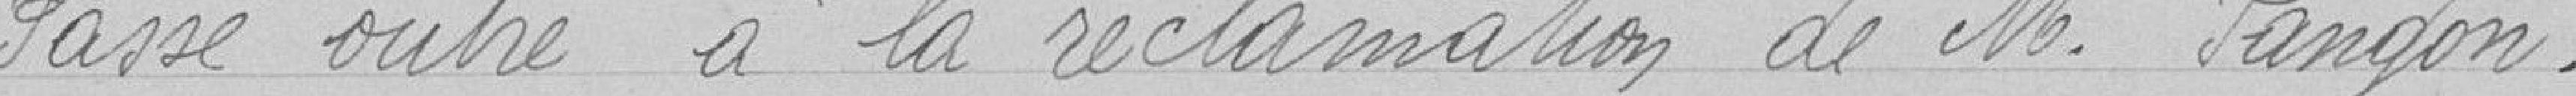
Passe outre à la réclamation de M. Pangon.